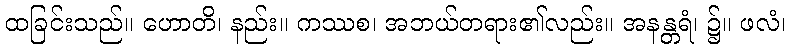
ထခြင်းသည်။ ဟောတိ၊ နည်း။ ကဿစ၊ အဘယ်တရား၏လည်း။ အနန္တရံ၊ ၌။ ဖလံ၊